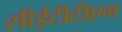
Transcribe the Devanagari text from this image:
सीईटीटीएम